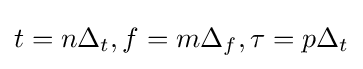
t=n\Delta _{t},f=m\Delta _{f},\tau =p\Delta _{t}